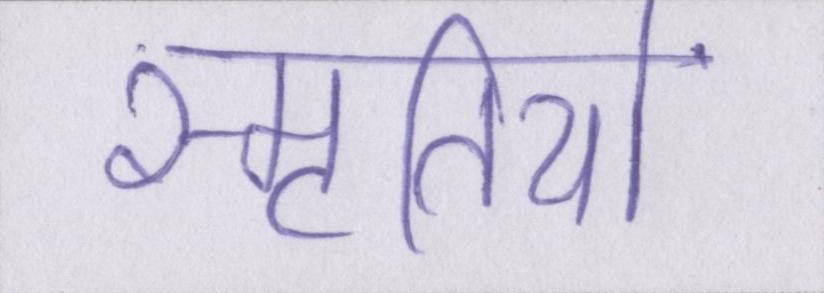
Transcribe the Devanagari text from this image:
स्मृतियों